Civil Veterinary Dept. Bombay admin report 1932-41 - 1932-1941
Year: 1932
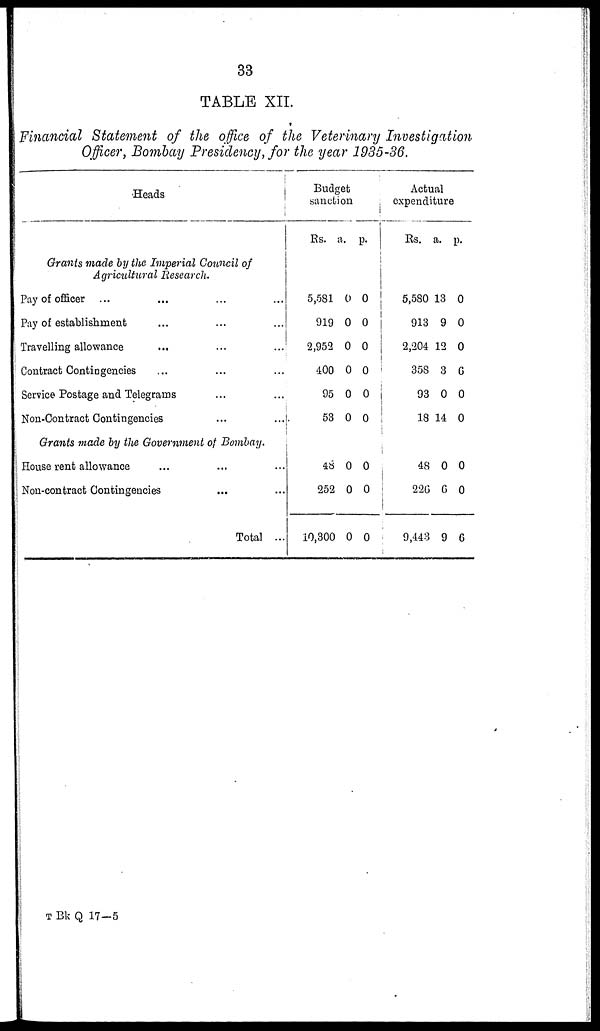
33
TABLE XII.
Financial Statement of the office of the Veterinary Investigation
Officer, Bombay Presidency, for the year 1935-36.
Heads
Grants made by the Imperial Council of
Agricultural Research.
Pay of officer ... ... ... ...
Pay of establishment ... ... ...
Travelling allowance ... ... ...
Contract Contingencies ... ... ...
Service Postage and Telegrams ... ...
Non-Contract Contingencies
...
....
Grants made by the Government of Bombay.
House rent allowance ... ... ...
Non-contract Contingencies ... ...
Total ...
Budget
sanction
Rs. a. p.
5,581
919
2,952
400
95
53
0
0
0
0
0
0
0
0
0
0
0
0
48
252
10,300
0
0
0
0
0
0
Actual
expenditure
Rs. a. p.
5,580
913
2,204
358
93
18
13
9
12
3
0
14
0
0
0
6
0
0
48
226
9,443
0
6
9
0
0
6
T Bk Q 17-5